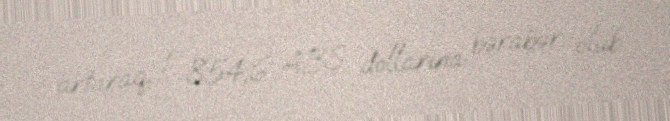
artaraq, 1 854,6 ABŞ dollarına bərabər olub.